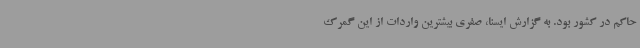
حاکم در کشور بود. به گزارش ایسنا، صفری بیشترین واردات از این گمرک